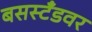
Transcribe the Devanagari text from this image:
बसस्टँडवर